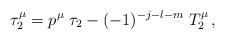
LaTeX: \begin{align*}\tau_2^{\mu}=p^{\mu}\;\tau_2-(-1)^{-j-l-m}\;T_2^{\mu}\,,\end{align*}